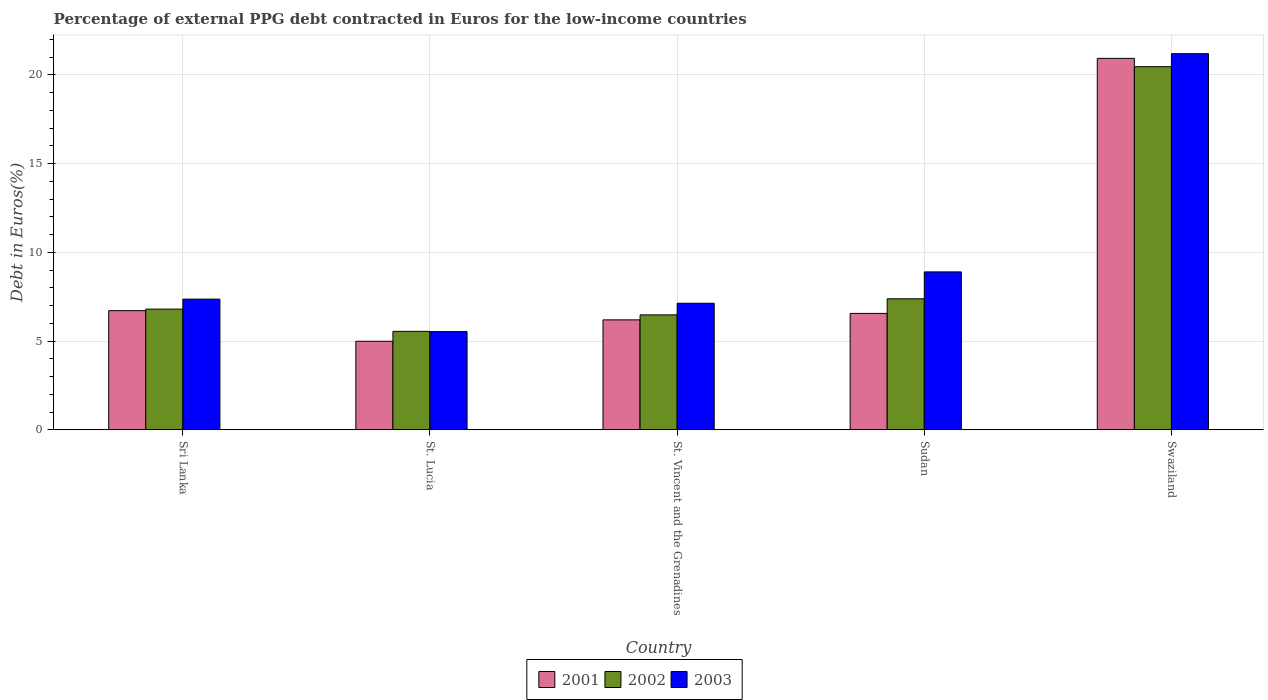
| Country | 2001 | 2002 | 2003 |
 | --- | --- | --- | --- |
 | Sri Lanka | 6.71 | 6.8 | 7.36 |
 | St. Lucia | 4.99 | 5.55 | 5.53 |
 | St. Vincent and the Grenadines | 6.2 | 6.48 | 7.13 |
 | Sudan | 6.56 | 7.39 | 8.9 |
 | Swaziland | 20.9 | 20.5 | 21.2 |